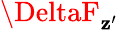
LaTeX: \DeltaF_{\mathbf{z}^{\prime}}